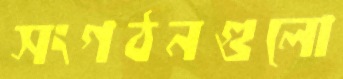
সংগঠনগুলো